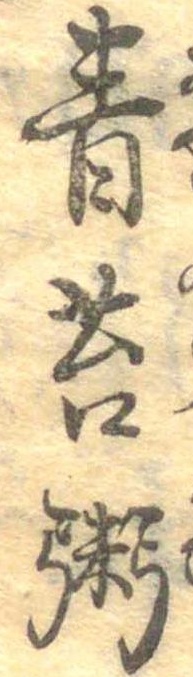
青苔粥